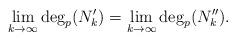
LaTeX: \begin{align*}\lim_{k\to\infty}\deg_p(N_k')=\lim_{k\to\infty}\deg_p(N_k'').\end{align*}